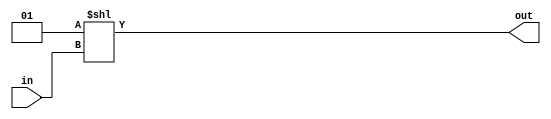
module encoder_shift(input [1:0] in, output reg [3:0] out);

always @ (in) begin
    out = (1 << in);
end

endmodule